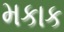
મકાક